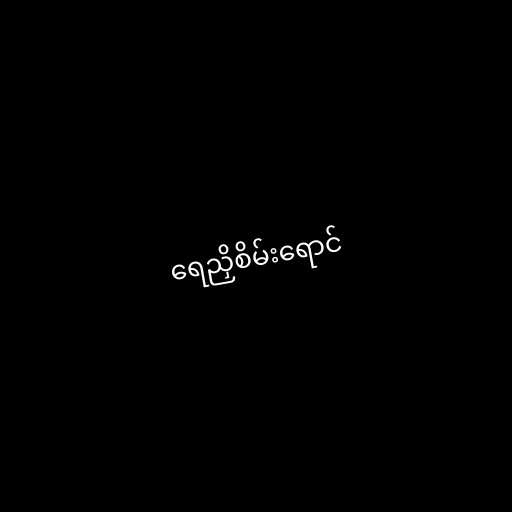
ရေညှိစိမ်းရောင်